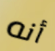
أنه